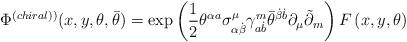
LaTeX: \begin{align*}\Phi ^{\left( chiral)\right) }(x,y,\theta ,\bar{\theta})=\exp \left( \frac12\theta ^{\alpha a}\sigma _{\alpha \dot{\beta}}^\mu \gamma _{a\dot{b}}^m\bar{\theta}^{\dot{\beta}\dot{b}}\partial _\mu \tilde{\partial}_m\right)F\left( x,y,\theta \right)\end{align*}